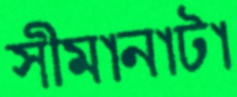
সীমানাটা